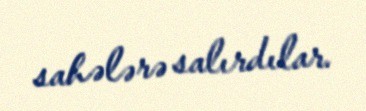
sahələrə salırdılar.